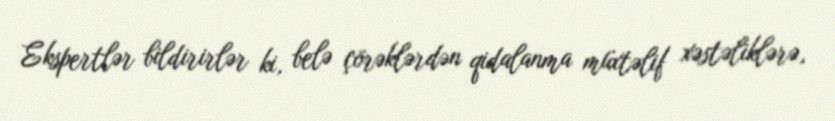
Ekspertlər bildirirlər ki, belə çörəklərdən qidalanma müxtəlif xəstəliklərə,